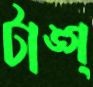
টাঙ্গ্